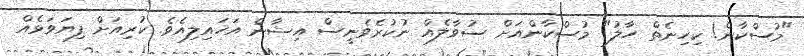
"މުސްކާން! ކިހިނެތް ހާލު" މުސްކާންއަށް ސުވާލެއް ނުކުރެވެނީސް އިޝާން އަހައިލިއެވެ. ކުރިއަށް ފިޔަވަޅެއް